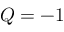
Q = - 1